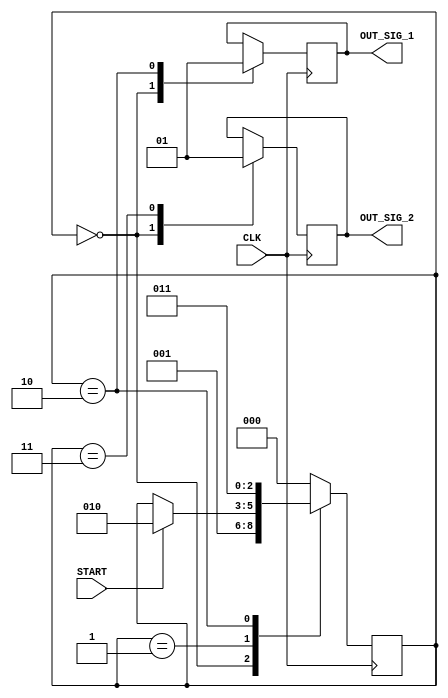
module FSM(
	input CLK,
	input START,
	output reg OUT_SIG_1,
	output reg OUT_SIG_2);
	//	
	localparam INIT = 3'd0;
	localparam WARTE_START = 3'd1;
	localparam OUT_1 = 3'd2;
	localparam OUT_2 = 3'd3;
	//
	reg [2:0] state;
	//
	initial
	begin
		OUT_SIG_1 <= 0;
		OUT_SIG_2 <= 0;
		state <= INIT;
	end
	//
	always @(posedge CLK)
	begin
	case (state)
		INIT: // 3'd0 
			begin
			OUT_SIG_1 <= 0;
			OUT_SIG_2 <= 0;
			state <= WARTE_START;
			end
		//
		WARTE_START: // 3'd1
			if (START) state <= OUT_1;
		//
		OUT_1: // 3'd2
			begin
			OUT_SIG_1 <= 1;
			state <= OUT_2;
			end
		//
		OUT_2: // 3'd2
			begin
			OUT_SIG_2 <= 1;
			state <= INIT;
			end
		//
		default: state <= INIT;
		//
	endcase
	//
	end
endmodule